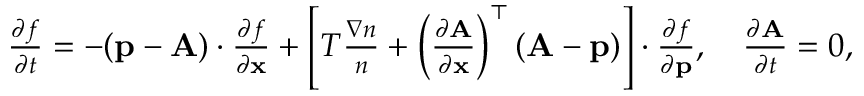
\begin{array} { r l } & { \frac { \partial f } { \partial t } = - ( { \mathbf p } - { \mathbf A } ) \cdot \frac { \partial f } { \partial { \mathbf x } } + \left[ T \frac { \nabla n } { n } + \left( \frac { \partial { \mathbf A } } { \partial \mathbf x } \right) ^ { \top } ( { \mathbf A } - { \mathbf p } ) \right] \cdot \frac { \partial f } { \partial { \mathbf p } } , \quad \frac { \partial { \mathbf A } } { \partial t } = 0 , } \end{array}